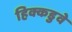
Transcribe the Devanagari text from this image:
हिक्कडुवे